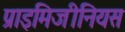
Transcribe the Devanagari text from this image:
प्राइमिजीनियस